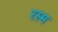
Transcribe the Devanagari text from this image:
रस्‍म